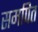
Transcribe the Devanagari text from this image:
समपित